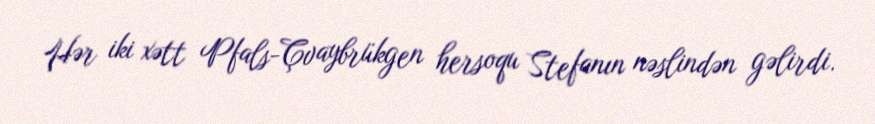
Hər iki xətt Pfals-Çvaybrükgen hersoqu Stefanın nəslindən gəlirdi.